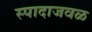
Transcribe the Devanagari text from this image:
स्पादाजवळ